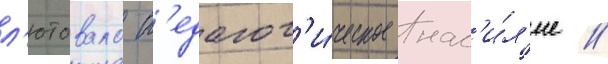
л'ютовало п'едагог'и́ческое нас'и́л'ие //